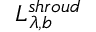
L _ { \lambda , b } ^ { s h r o u d }